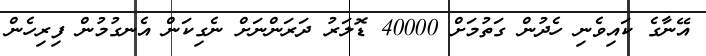
އޭނާގެ ކައިވެނި ހެދުން ގަތުމަށް 40000 ޑޮލަރު ދަރަންނަށް ނެގިކަން އެނގުމުން ފިރިހެން